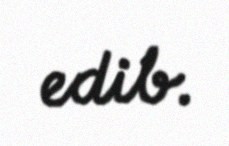
edib.